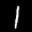
Label: 1